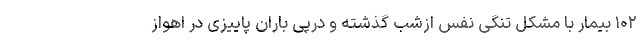
۱۰۲ بیمار با مشکل تنگی نفس ازشب گذشته و درپی باران پاییزی در اهواز